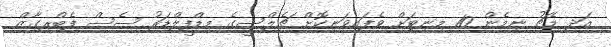
އަދި މެޗު ނިމެން 10 މިނިޓަށް ވެފައިވަނިކޮށް ޗެލްސީގެ މިޑްފީލްޑަރު ސެސް ފެބްރިގާޒް